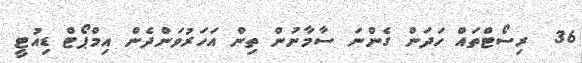
36  ރިސޯޓްތައް ހަދަން ގެންނަ ސާމާނުން ތިން އަހަރުވަންދެން އިމްޕޯޓް ޑިއުޓީ